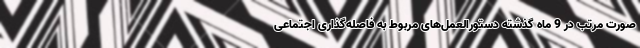
صورت مرتب در 9 ماه گذشته دستورالعمل‌های مربوط به فاصله‌گذاری اجتماعی